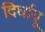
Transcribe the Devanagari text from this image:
दिर्घायू